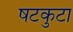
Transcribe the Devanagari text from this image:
षटकुटा